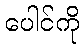
ပေါင်ကို